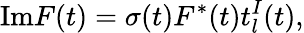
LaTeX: \mathrm{Im}F(t)=\sigma(t)F^{\ast}(t)t_{l}^{I}(t),